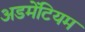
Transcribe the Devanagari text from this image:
अडमेंटियम